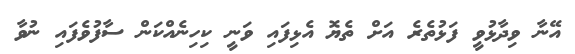
އޭނާ ވިދާޅުވީ ފަޅުތެރެ އަށް ތެޔޮ އެޅިފައި ވަނީ ކިހިނެއްކަން ސާފުވެފައި ނުވާ